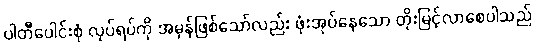
ပါတီပေါင်းစုံ လုပ်ရပ်ကို အမှန်ဖြစ်သော်လည်း ဖုံးအုပ်နေသော တိုးမြင့်လာစေပါသည်